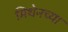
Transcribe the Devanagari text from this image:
मिथेनच्या